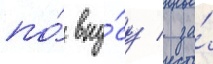
по́ вку́су / за́